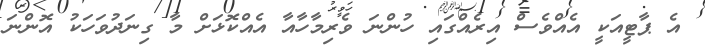
އެ ޕާޓީއަކީ އެއްވެސް އިރެއްގައި ހުންނަ ވެރިމާހާއާ އެއްކޮޅަށް މާ ގިނަދުވަހަކު އޮންނަ